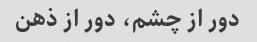
دور از چشم، دور از ذهن